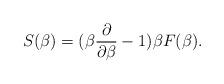
LaTeX: \begin{align*}S(\beta)=(\beta{\partial\over\partial\beta}-1)\beta F(\beta).\end{align*}